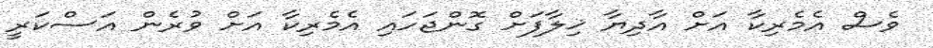
ވެސް އެމެރިކާ އަށް އާދިޔާ ޚިލާފަށް ގޮންޖަހައި އެމެރިކާ އަށް ވުރެން އަސްކަރީ